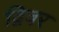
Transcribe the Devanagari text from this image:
द्विवर